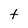
Character: t